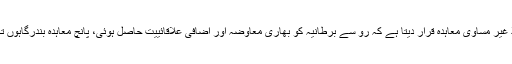
1842ء میں معاہدہ نانکنگ جسے چین پہلا غیر مساوی معاہدہ قرار دیتا ہے کہ رو سے برطانیہ کو بھاری معاوضہ اور اضافی علاقائییت حاصل ہوئی، پانچ معاہدہ بندرگاہوں تک رسائی اور جزیرہ ہانگ کانگ پر قبضہ۔